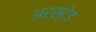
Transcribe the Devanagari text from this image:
अरस्टेड